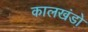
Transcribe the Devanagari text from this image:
कालखंडो